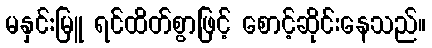
မနှင်းမြူ ရင်ထိတ်စွာဖြင့် စောင့်ဆိုင်းနေသည်။